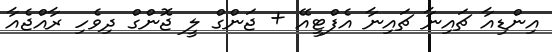
އިންޑިއާ ޗައިނާ ޗައިނާ އެފްޓީއޭ + ޖަންގް ލީ ޖޮންގް ދިވެހި ރާއްޖެއާ